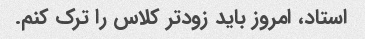
استاد، امروز باید زودتر کلاس را ترک کنم.